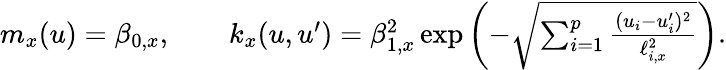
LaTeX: \begin{array}{r}{m_{x}(u)=\beta_{0,x},\qquad k_{x}(u,u^{\prime})=\beta_{1,x}^{2}\exp\left(-\sqrt{\sum_{i=1}^{p}\frac{(u_{i}-u_{i}^{\prime})^{2}}{\ell_{i,x}^{2}}}\right).}\end{array}